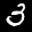
Label: 3